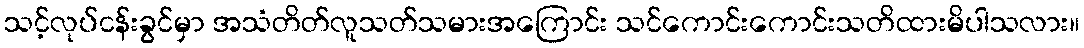
သင့်လုပ်ငန်းခွင်မှာ အသံတိတ်လူသတ်သမားအကြောင်း သင်ကောင်းကောင်းသတိထားမိပါသလား။